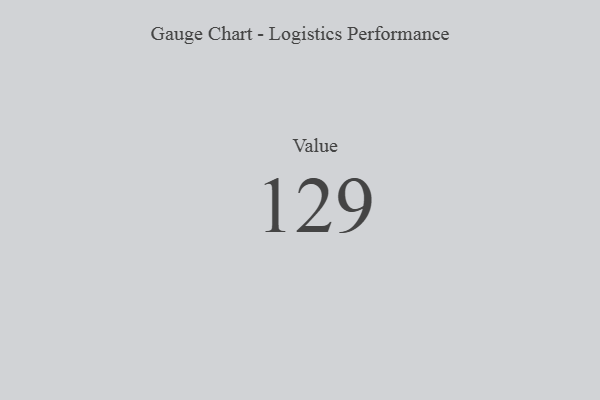
{"axis": {"x": "Metric", "y": "Value"}, "legend": [""], "data": [{"x": "Value", "y": 129, "type": ""}]}